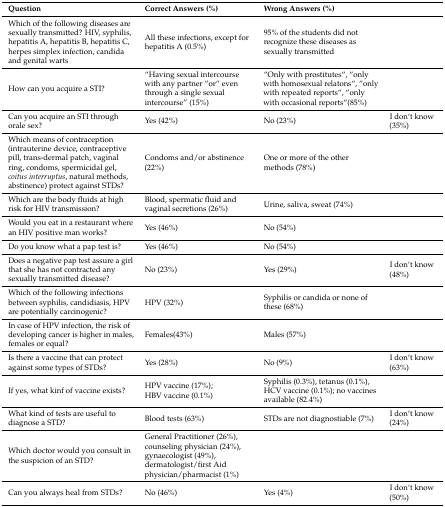
<table><thead><tr><td><b>Question</b></td><td><b>Correct Answers (%)</b></td><td><b>Wrong Answers (%)</b></td><td></td></tr></thead><tbody><tr><td>Which of the following diseases are sexually transmitted? HIV, syphilis, hepatitis A, hepatitis B, hepatitis C, herpes simplex infection, candida and genital warts</td><td>All these infections, except for hepatitis A (0.5%)</td><td>95% of the students did not recognize these diseases as sexually transmitted</td><td></td></tr><tr><td>How can you acquire a STI?</td><td>“Having sexual intercourse with any partner “or“ even through a single sexual intercourse” (15%)</td><td>“Only with prostitutes“, “only with homosexual relatons“, “only with repeated reports“, “only with occasional reports“(85%)</td><td></td></tr><tr><td>Can you acquire an STI through orale sex?</td><td>Yes (42%)</td><td>No (23%)</td><td>I don‘t know (35%)</td></tr><tr><td>Which means of contraception (intrauterine device, contraceptive pill, trans-dermal patch, vaginal ring, condoms, spermicidal gel, <i>coitus interruptus</i>, natural methods, abstinence) protect against STDs?</td><td>Condoms and/or abstinence (22%)</td><td>One or more of the other methods (78%)</td><td></td></tr><tr><td>Which are the body fluids at high risk for HIV transmission?</td><td>Blood, spermatic fluid and vaginal secretions (26%)</td><td>Urine, saliva, sweat (74%)</td><td></td></tr><tr><td>Would you eat in a restaurant where an HIV positive man works?</td><td>Yes (46%)</td><td>No (54%)</td><td></td></tr><tr><td>Do you know what a pap test is?</td><td>Yes (46%)</td><td>No (54%)</td><td></td></tr><tr><td>Does a negative pap test assure a girl that she has not contracted any sexually transmitted disease?</td><td>No (23%)</td><td>Yes (29%)</td><td>I don‘t know (48%)</td></tr><tr><td>Which of the following infections between syphilis, candidiasis, HPV are potentially carcinogenic?</td><td>HPV (32%)</td><td>Syphilis or candida or none of these (68%)</td><td></td></tr><tr><td>In case of HPV infection, the risk of developing cancer is higher in males, females or equal?</td><td>Females(43%)</td><td>Males (57%)</td><td></td></tr><tr><td>Is there a vaccine that can protect against some types of STDs?</td><td>Yes (28%)</td><td>No (9%)</td><td>I don‘t know (63%)</td></tr><tr><td>If yes, what kinf of vaccine exists?</td><td>HPV vaccine (17%); HBV vaccine (0.1%)</td><td>Syphilis (0.3%), tetanus (0.1%), HCV vaccine (0.1%); no vaccines available (82.4%)</td><td></td></tr><tr><td>What kind of tests are useful to diagnose a STD?</td><td>Blood tests (63%)</td><td>STDs are not diagnostiable (7%)</td><td>I don‘t know (24%)</td></tr><tr><td>Which doctor would you consult in the suspicion of an STD?</td><td>General Practitioner (26%), counseling physician (24%), gynaecologist (49%), dermatologist/first Aid physician/pharmacist (1%)</td><td></td><td></td></tr><tr><td>Can you always heal from STDs?</td><td>No (46%)</td><td>Yes (4%)</td><td>I don‘t know (50%)</td></tr></tbody></table>